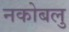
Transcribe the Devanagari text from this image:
नकोबलु